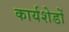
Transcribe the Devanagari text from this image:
कार्यशेडों